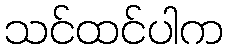
သင်ထင်ပါက